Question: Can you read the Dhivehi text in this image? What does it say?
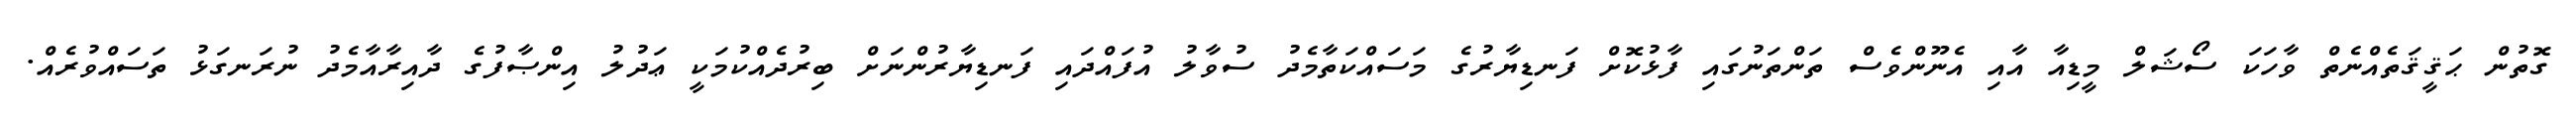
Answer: ގޮތުން ޙަޤީޤަތެއްނެތް ވާހަކަ ސޯޝަލް މީޑިއާ އާއި އެނޫންވެސް ތަންތަނުގައި ފާޅުކޮށް ފަނޑިޔާރުގެ މަސައްކަތާމެދު ސުވާލު އުފައްދައި ފަނޑިޔާރުންނަށް ބިރުދެއްކުމަކީ ޢަދުލު އިންޞާފުގެ ދާއިރާއާމެދު ނުރަނގަޅު ތަސައްވުރެއް.